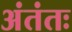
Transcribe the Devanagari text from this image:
अंतंतः